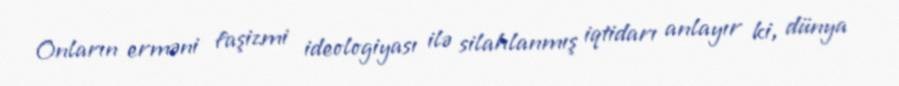
Onların erməni faşizmi ideologiyası ilə silahlanmış iqtidarı anlayır ki, dünya